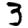
Digit: 3